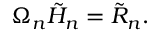
\Omega _ { n } { \tilde { H } } _ { n } = { \tilde { R } } _ { n } .